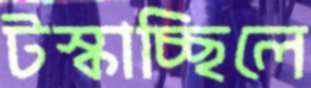
টস্‌কাচ্ছিলে